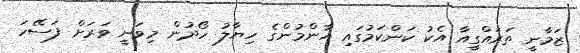
ޒަމާނީ ތަރައްގީއާ އެކު ކަންކަމުގައި އާންމުންގެ ހިޔާލު ހޯދުން މިވަނީ ވަރަށް ފަސޭހަ